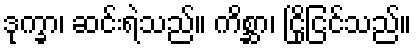
ဒုက္ခာ၊ ဆင်းရဲသည်။ ကိစ္ဆာ၊ ငြိုငြင်သည်။